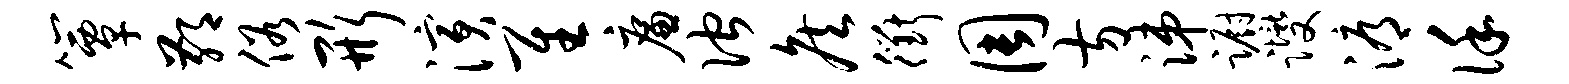
簟鄙俗形演隹廉伫侯衢周方涕蹰躞溽谨